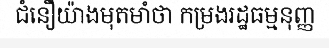
ជំនឿយ៉ាងមុតមាំថា កម្រងរដ្ឋធម្មនុញ្ញ